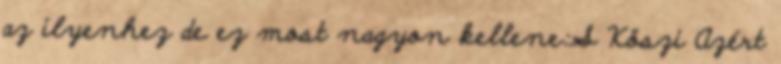
az ilyenhez de ez most nagyon kellene:S Köszi Azért